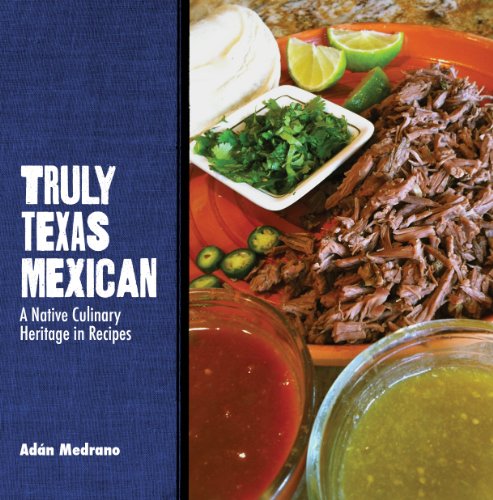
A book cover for Truly Texas Mexican: A Native Culinary Heritage in Recipes (Grover E. Murray Studies in the American Southwest); AdÃ¡n Medrano; Cookbooks, Food & Wine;